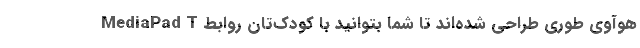
MediaPad T هوآوی طوری طراحی شده‌اند تا شما بتوانید با کودک‌تان روابط